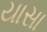
યાસા